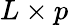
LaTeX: L\times p